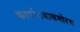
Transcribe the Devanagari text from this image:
कार्यालयासमोरच